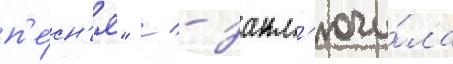
п'е́сн'я" / - закл'ючи́ла